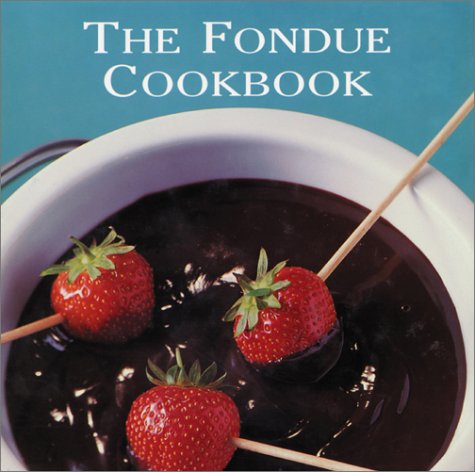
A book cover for The Fondue Cookbook; Hamlyn; Cookbooks, Food & Wine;